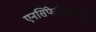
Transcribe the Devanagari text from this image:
एनसिफेलिकरण